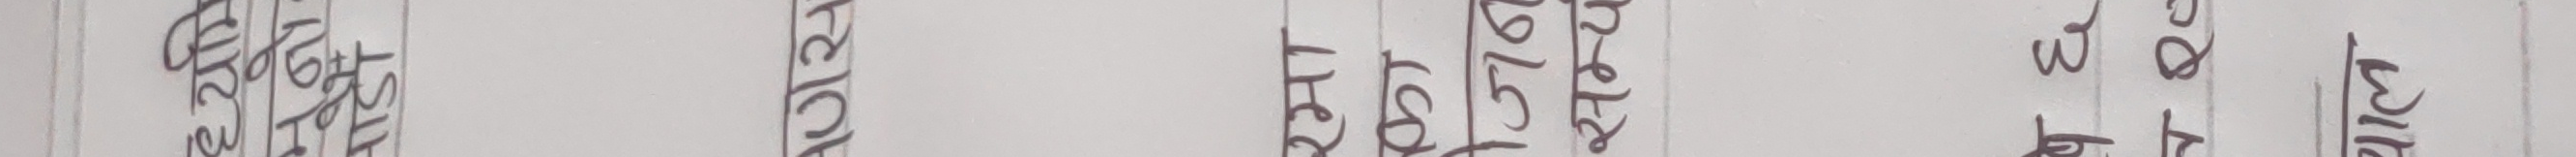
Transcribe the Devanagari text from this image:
२०७६ फागुन ३० गते बुधबार